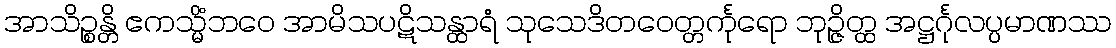
အာသိဉ္စန္တိ ဧကသ္မိံဘဝေ အာမိသပဋိသန္ထာရံ သုသေဒိတဝေတ္တင်္ကုရော ဘုဉ္ဇိတ္ထ အဋ္ဌင်္ဂုလပ္ပမာဏဿ